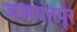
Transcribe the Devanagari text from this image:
जसवंतपूर